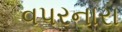
વપરનારા